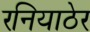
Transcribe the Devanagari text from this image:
रनियाठेर